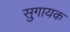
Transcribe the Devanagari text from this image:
सुगायक